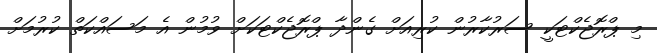
މި ޕްރޮޖެކްޓަކީ ސަރުކާރުން ކުރިއަށް ގެންދާ ޕްރޮޖެކްޓަކަށް ވުމުން އެ މަސައްކަތް ކުރުމަށް